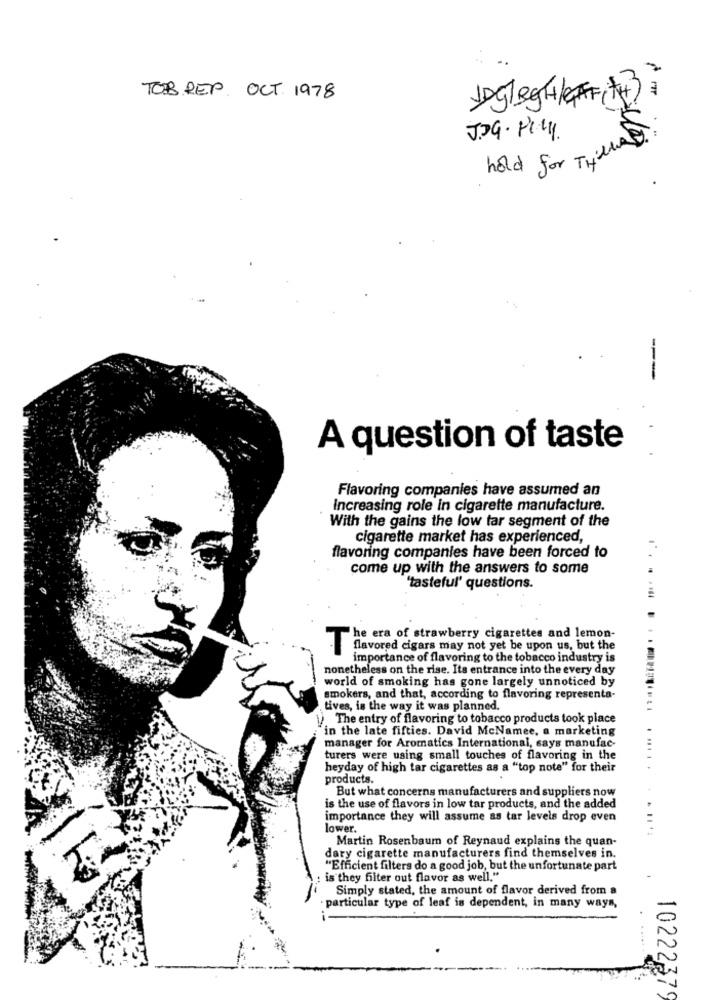
a
TOB REP. OCT 1978
JAGlegH/F(TH)
JOG. PlUl.
hold for THilla
---
A question of taste
Flavoring companies have assumed an
Increasing role in cigarette manufacture.
With the gains the low tar segment of the
cigarette market has experienced,
flavoring companies have been forced to
come up with the answers to some
'tasteful' questions.
The era of strawberry cigarettes and lemon-
flavored cigars may not yet be upon us, but the
importance of flavoring to the tobacco industry is
nonetheless on the rise. Its entrance into the every day
world of smoking has gone largely unnoticed by
smokers, and that, according to flavoring representa-
tives, is the way it was planned.
The entry of flavoring to tobacco products took place
in the late fifties. David McNamee, a marketing
manager for Aromatics International, says manufac-
turers were using small touches of flavoring in the
heyday of high tar cigarettes as a "top note" for their
products.
But what concerns manufacturers and suppliers now
is the use of flavors in low tar products, and the added
importance they will assume as tar levels drop even
lower.
Martin Rosenbaum of Reynaud explains the quan-
dary cigarette manufacturers find themselves in.
"Efficient filters do a good job, but the unfortunate part
is they filter out flavor as well."
Simply stated, the amount of flavor derived from a
particular type of leaf is dependent, in many ways,
10222379